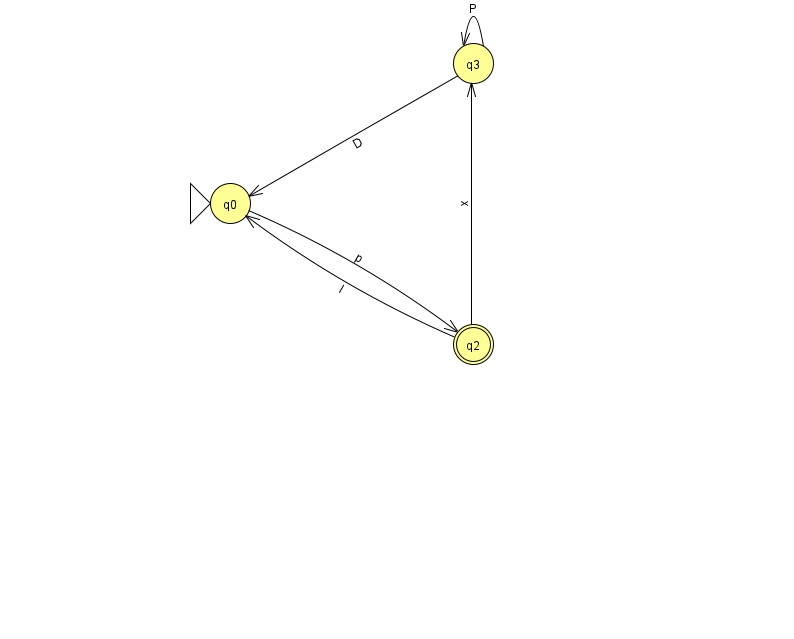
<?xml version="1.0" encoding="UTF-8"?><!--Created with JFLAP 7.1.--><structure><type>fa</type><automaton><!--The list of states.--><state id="0" name="q0"><x>230.0</x><y>190.0</y><initial/></state><state id="2" name="q2"><x>473.0</x><y>331.0</y><final/></state><state id="3" name="q3"><x>473.0</x><y>50.0</y></state><!--The list of transitions.--><transition><from>3</from><to>0</to><read>D</read></transition><transition><from>3</from><to>3</to><read>P</read></transition><transition><from>0</from><to>2</to><read>p</read></transition><transition><from>2</from><to>0</to><read>I</read></transition><transition><from>2</from><to>3</to><read>x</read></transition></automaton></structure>